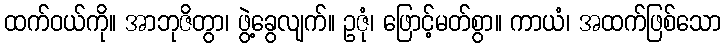
ထက်ဝယ်ကို။ အာဘုဇိတွာ၊ ဖွဲ့ခွေလျက်။ ဥဇုံ၊ ဖြောင့်မတ်စွာ။ ကာယံ၊ အထက်ဖြစ်သော